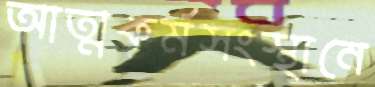
আত্মকর্মসংস্থানে